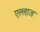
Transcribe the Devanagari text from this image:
एल्लाज